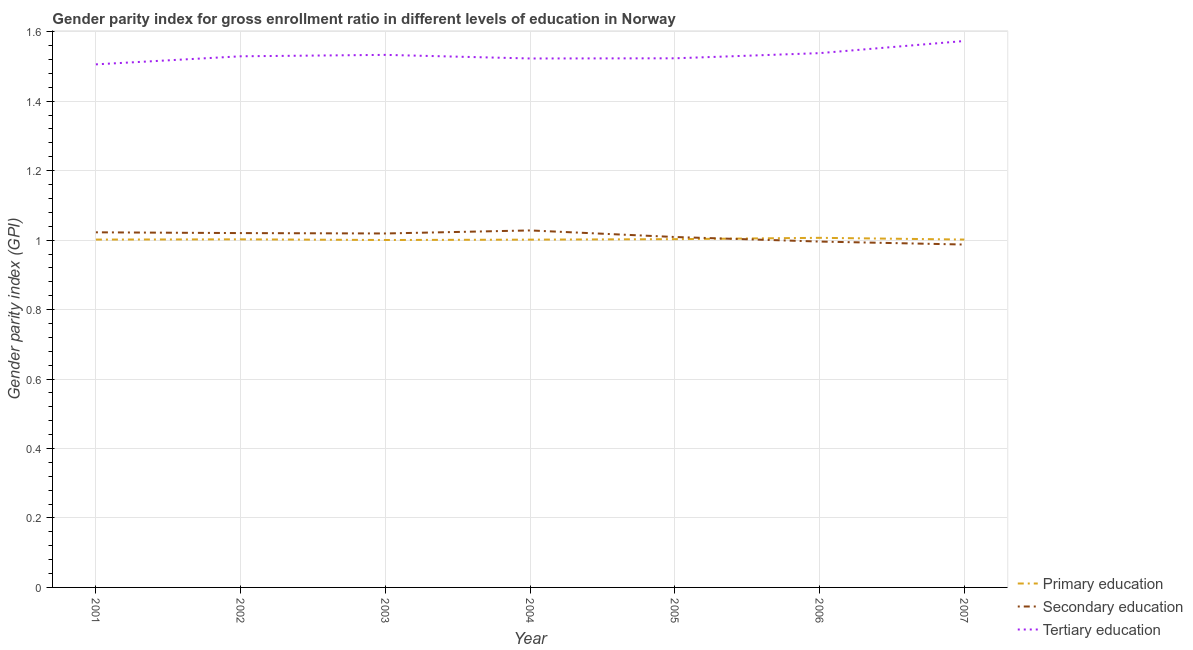
| Year | Primary education | Secondary education | Tertiary education |
 | --- | --- | --- | --- |
 | 2001 | 1 | 1.02 | 1.51 |
 | 2002 | 1 | 1.02 | 1.53 |
 | 2003 | 1 | 1.02 | 1.53 |
 | 2004 | 1 | 1.03 | 1.52 |
 | 2005 | 1 | 1.01 | 1.52 |
 | 2006 | 1.01 | 0.996 | 1.54 |
 | 2007 | 1 | 0.987 | 1.57 |